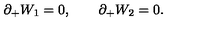
\partial _ { + } W _ { 1 } = 0 , \qquad \partial _ { + } W _ { 2 } = 0 .